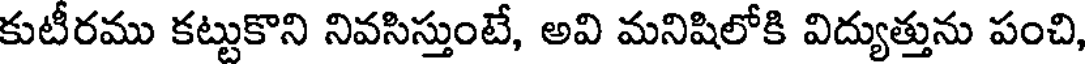
కుటీరము కట్టుకొని నివసిస్తుంటే, అవి మనిషిలోకి విద్యుత్తును పంచి,